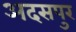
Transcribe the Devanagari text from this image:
अदसपुर